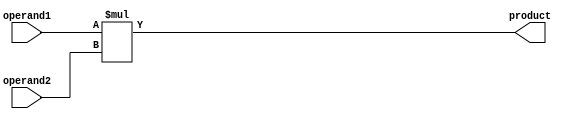
module signed_multiplier (
input signed [7:0] operand1,
input signed [7:0] operand2,
output signed [15:0] product
);

assign product = operand1 * operand2;

endmodule